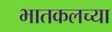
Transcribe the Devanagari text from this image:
भातकलच्या